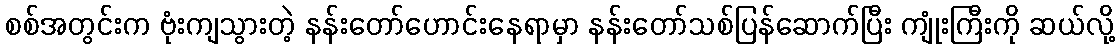
စစ်အတွင်းက ဗုံးကျသွားတဲ့ နန်းတော်ဟောင်းနေရာမှာ နန်းတော်သစ်ပြန်ဆောက်ပြီး ကျုံးကြီးကို ဆယ်လို့